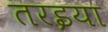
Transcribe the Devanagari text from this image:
तरइया